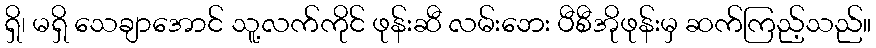
ရှိ၊ မရှိ သေချာအောင် သူ့လက်ကိုင် ဖုန်းဆီ လမ်းဘေး ပီစီအိုဖုန်းမှ ဆက်ကြည့်သည်။